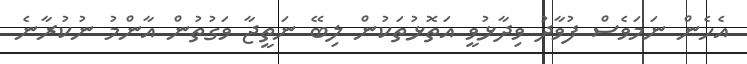
އެހެން ނަމަވެސް ފުވާދު ވިދާޅުވީ އަތޮޅުތަކުން ލިބޭ ނަތީޖާ ވަގުތުން އާންމު ނުކުރާނެ